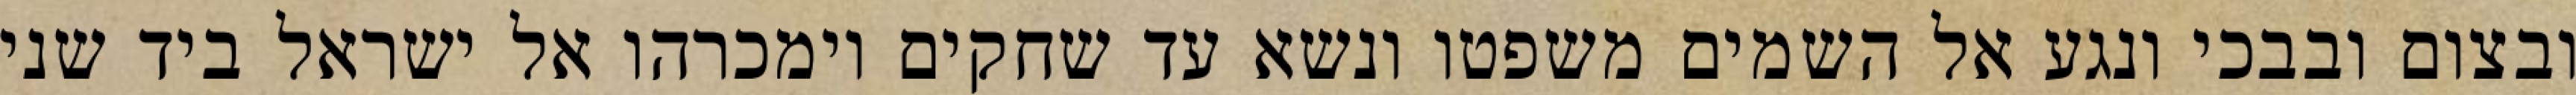
ובצום ובבכי ונגע אל השמים משפטו ונשא עד שחקים וימכרהו אל ישראל ביד שני